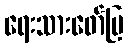
ရေးသားဖော်ပြ